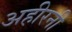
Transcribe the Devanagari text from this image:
अहीरनी